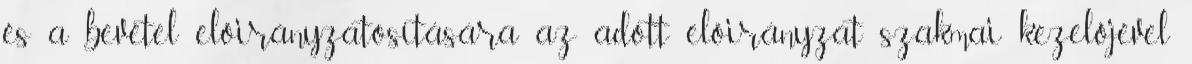
és a bevétel előirányzatosítására az adott előirányzat szakmai kezelőjével